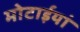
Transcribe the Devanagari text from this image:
मोटाईयां